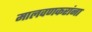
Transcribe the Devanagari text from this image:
मालवणकरांना